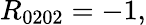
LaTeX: R_{0202}=-1,